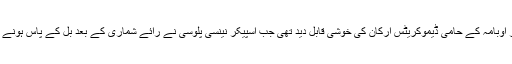
امریکی صدر اوبامہ کے حامی ڈیموکریٹس ارکان کی خوشی قابل دید تھی جب اسپیکر نینسی پلوسی نے رائے شماری کے بعد بل کے پاس ہونے کا اعلان کیا۔